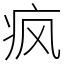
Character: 疯